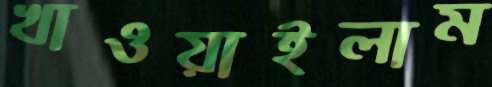
খাওয়াইলাম